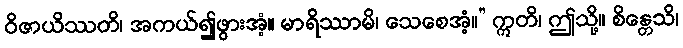
ဝိဇာယိဿတိ၊ အကယ်၍ဖွားအံ့။ မာရိဿာမိ၊ သေစေအံ့။” ဣတိ၊ ဤသို့။ စိန္တေသိ၊